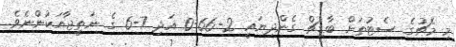
މި މެޗުގެ ސެޓުތަށް ބާޑިޗް ގެންދިޔައީ 2-66-0 އަދި 7-6 ގެ ނަތީޖާއަކުންނެވެ.